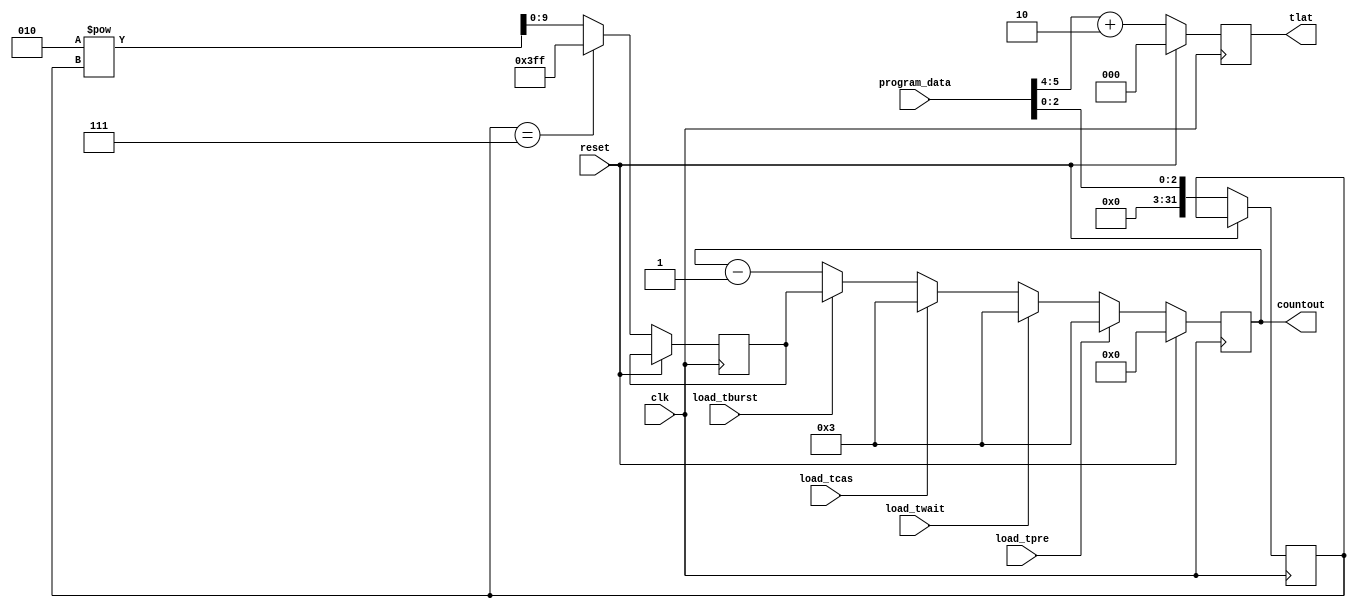
`timescale 1ns / 1ps
module delay_generator(countout,tlat,program_data,clk,reset,load_twait,load_tpre,load_tburst,load_tcas );

output reg [2:0]tlat=0;
output  reg [9:0]countout;
input clk,reset,load_twait,load_tpre,load_tburst,load_tcas;
input [9:0]program_data;

reg [9:0]twait=10'd3;
reg [9:0]tburst=0;
reg [9:0]tpre=10'd3;
reg [9:0]tcas=10'd3;
reg [9:0]count=0;
integer power,latency=0;

always@(posedge clk)
begin

if(reset)
            begin
                    countout=10'd0;tlat <=3'd0;
            end
else
                begin              
                power <=program_data[2:0];
                    $display("power",power);
                        if(power==3'b111)
                    tburst <= 10'd1023;
                    else
                    tburst <=2**power;
                                  latency =program_data[5:4]+2;
                                        countout <= countout -1;  
                                        tlat <=latency;                
    if(load_tpre)
        countout <=tpre;
    else if(load_twait)
    countout <=twait;
    else if(load_tcas)
    countout <=tcas;
    else if(load_tburst)
    countout <=tburst;
                end
                end
endmodule